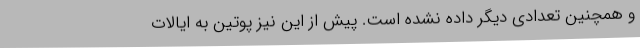
و همچنین تعدادی دیگر داده نشده است. پیش از این نیز پوتین به ایالات